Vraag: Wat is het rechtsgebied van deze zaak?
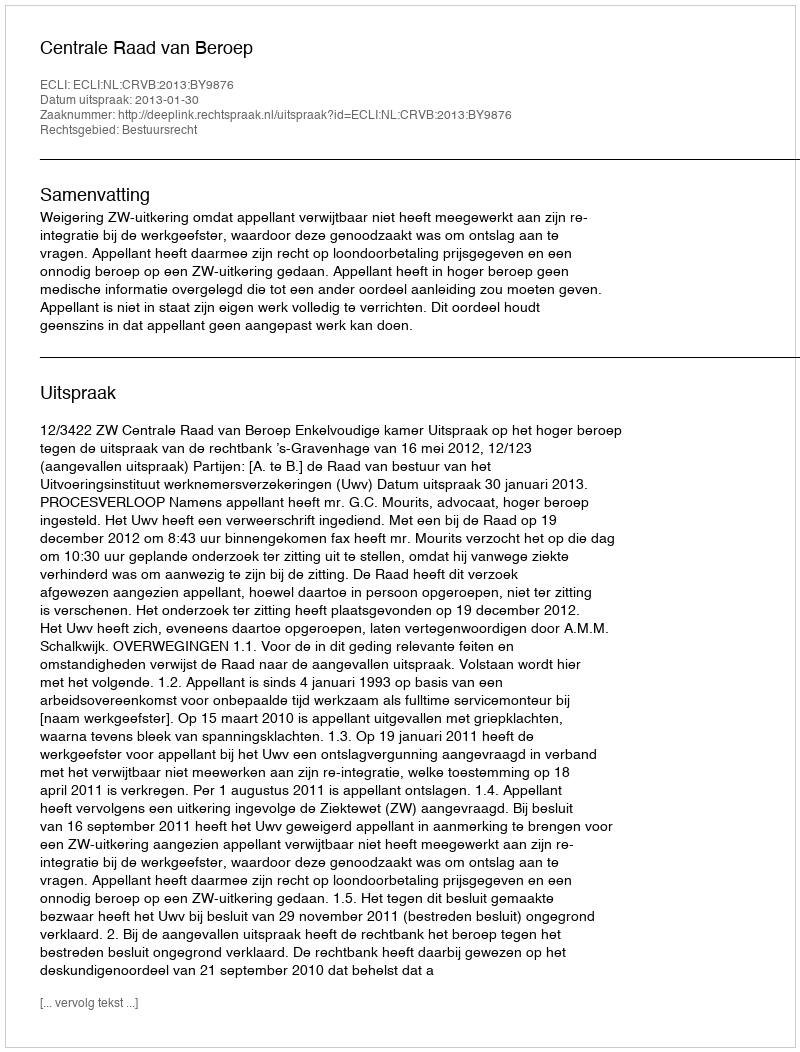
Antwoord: Bestuursrecht